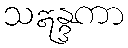
သဣန္ဒကာ